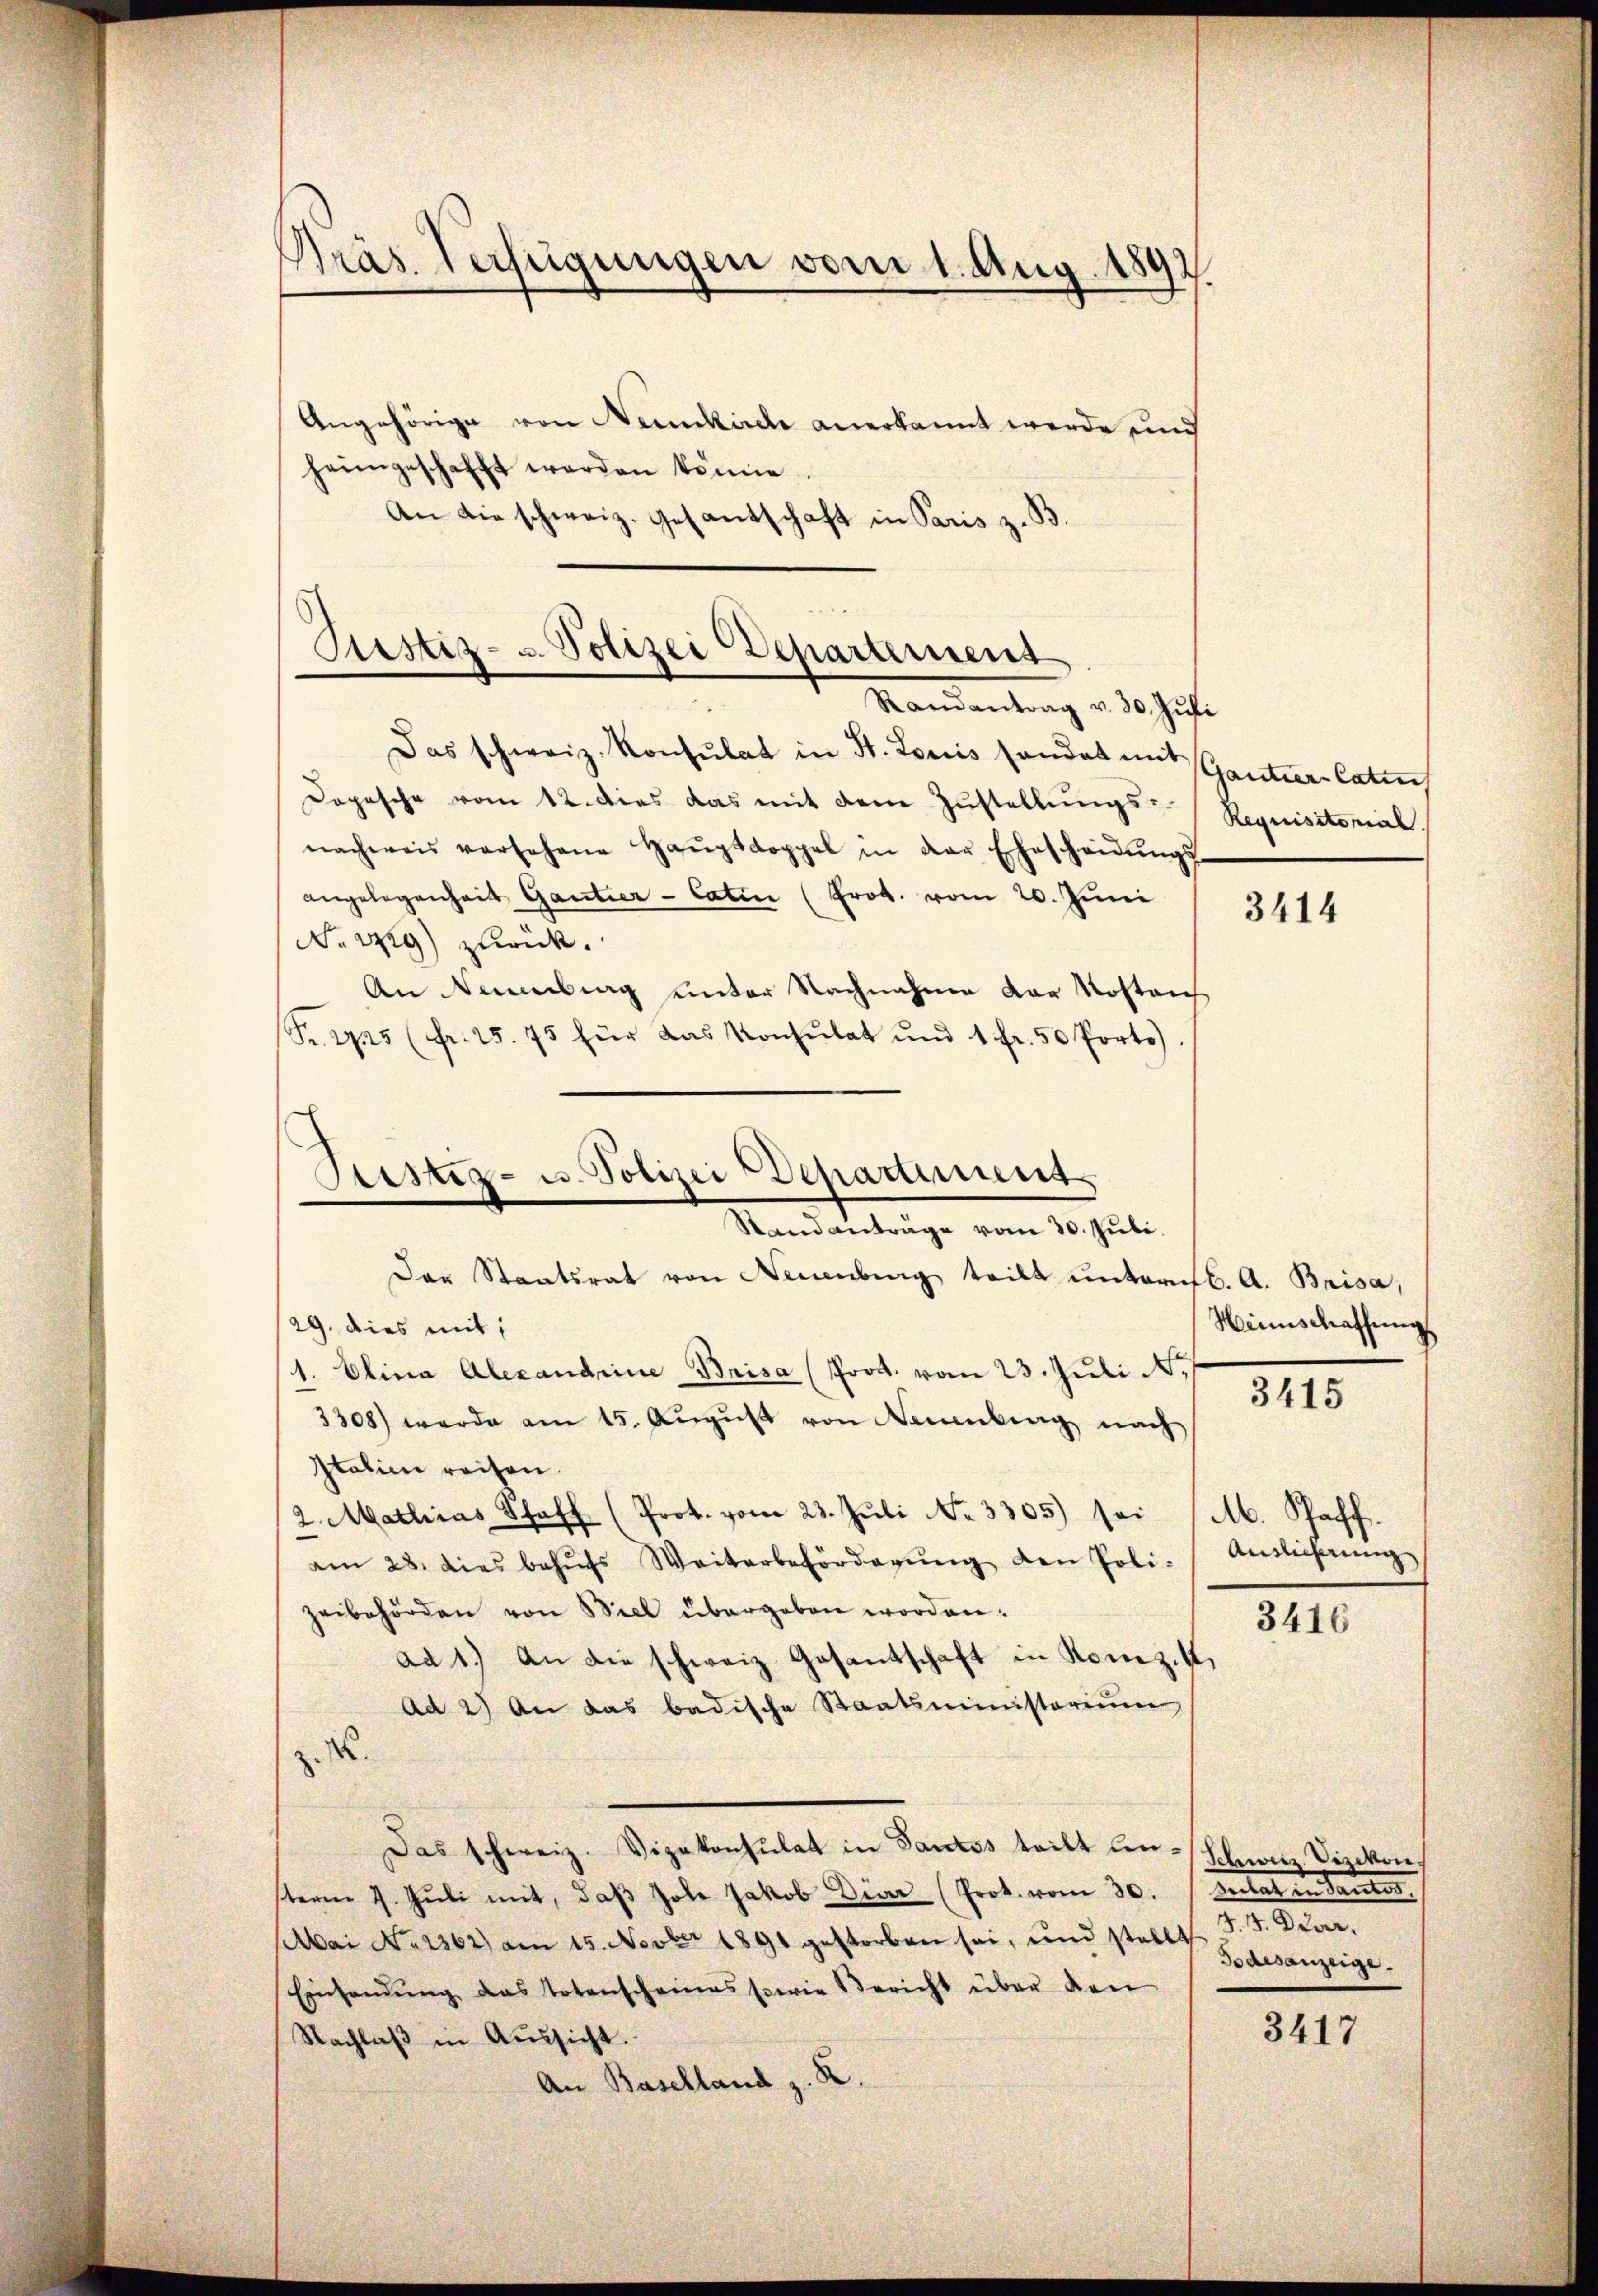
Präs. Verfügungen vom 1. Aug. 1892

Justiz- u. Polizei Departement

Angehörige von Neunkirche anerkannt werde und
heimgeschafft werden könne.
An die schweiz. Gesantschaft in Paris z. B
Randantrag v. 30. Jŭli
Das schweiz. Konsulat in St. Louis sonder mit Gantier-Catus
Dopische vom 12. dies das mit dem Zustellungs-
nachweis vorsehene Haŭptdoppel in der Ehescheidŭngs-
angelegenheit Gantier-Catin (Prot. vom 20. Juni
No 1429) zurück.
An Neuenburg unter Nachnahme der Kostens
Fr. 275 (fr. 25. 75 für das Konsulat und 1 fr. 50 Porto)
Das Staatsrat von Neuenburg teilt ŭnternst. A. Brisa,
29. dies mit,
1. Elina Alexandeine Brisa (Prot. vom 23. Juli d.
3308) wurde am 15. Aŭgŭst von Neuenburg nach
Italine reisen.
2. Mathias Schaff (Prot. vom 23. Juli No 3305) sei (M. Schaff
am 28. dies behŭfs Weiterbeförderŭng den Poli-
zeibehörden von Biel übergeben worden.
ad 1.) An die schweiz. Gesantschaft in Konzik
Ad 2) An das badische Staatsministerium
.
Das schweiz. Vizekonsulat in Sautos teilt un franz Vizekon
sterm 7. Jŭli mit, daβ Jole Jakob Diar (Prok. vom 30. Julat in Sautos.
Mai No 1362) am 15. Novber 1891 gestorben sei, und stellt
Einsendung das Totenscheines sowie Bericht über den
Nachlaβ in Aŭssicht.
An Baselland z. R.

Sistiz- u. Polizei Departement
Standanträge vom 30. Juli.

Requisitorial.

3414

Heinschaffung

3415

Auslicherung

3416

44. Dier.
Todesanzeige.

3417